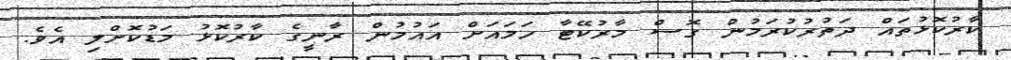
ކާރުކޮޅުތައް ދަތުރުކުރަމުން ގޮސް މާރުކޭޓާ ހަމައަށް އައުމުން ރާނީގެ ކާރުކޮޅު މަޑުކޮށްލި އެވެ.